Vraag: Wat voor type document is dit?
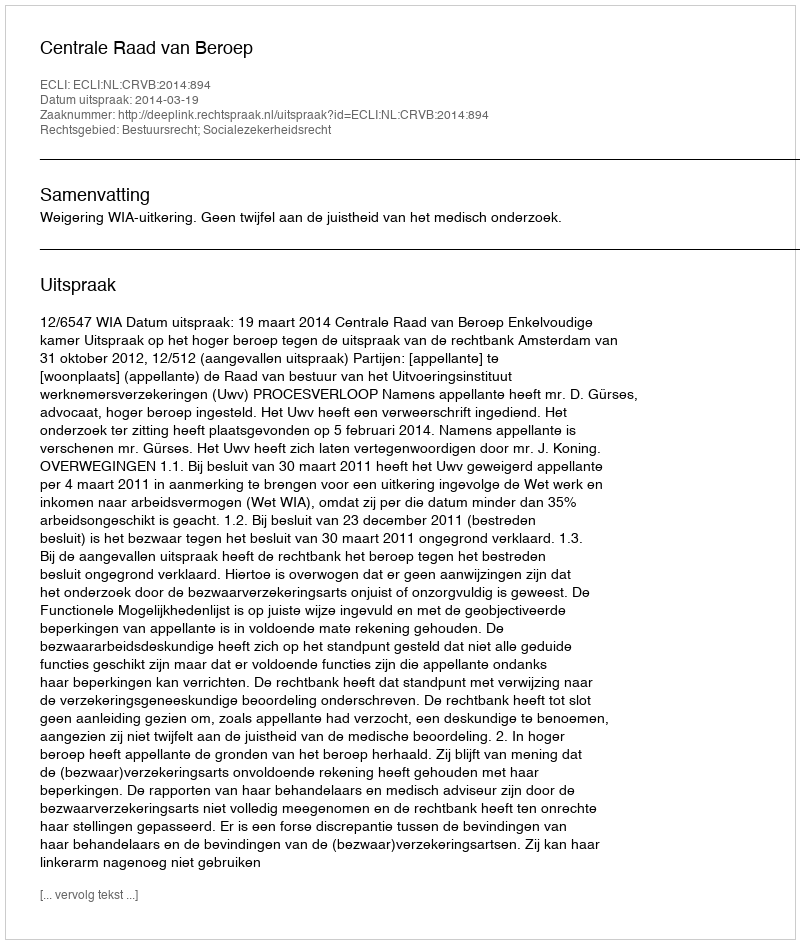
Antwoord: Uitspraak